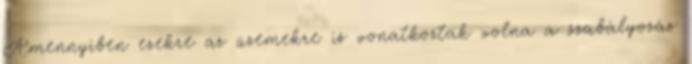
Amennyiben ezekre az üzemekre is vonatkoztak volna a szabályozás